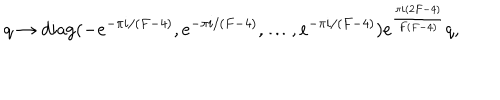
LaTeX: q \to \mathrm { d i a g } ( - e ^ { - \pi i / ( F - 4 ) } , e ^ { - \pi i / ( F - 4 ) } , \ldots , e ^ { - \pi i / ( F - 4 ) } ) e ^ { \frac { \pi i ( 2 F - 4 ) } { F ( F - 4 ) } } q ,